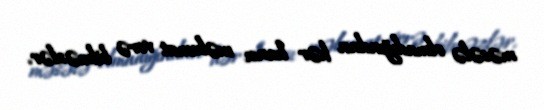
məsələ olmadığından hər hansı məlumat verə bilməzlər.